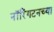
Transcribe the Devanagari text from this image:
नॉरिंगटनच्या